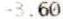
-3.60